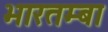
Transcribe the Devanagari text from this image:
भारतम्बा